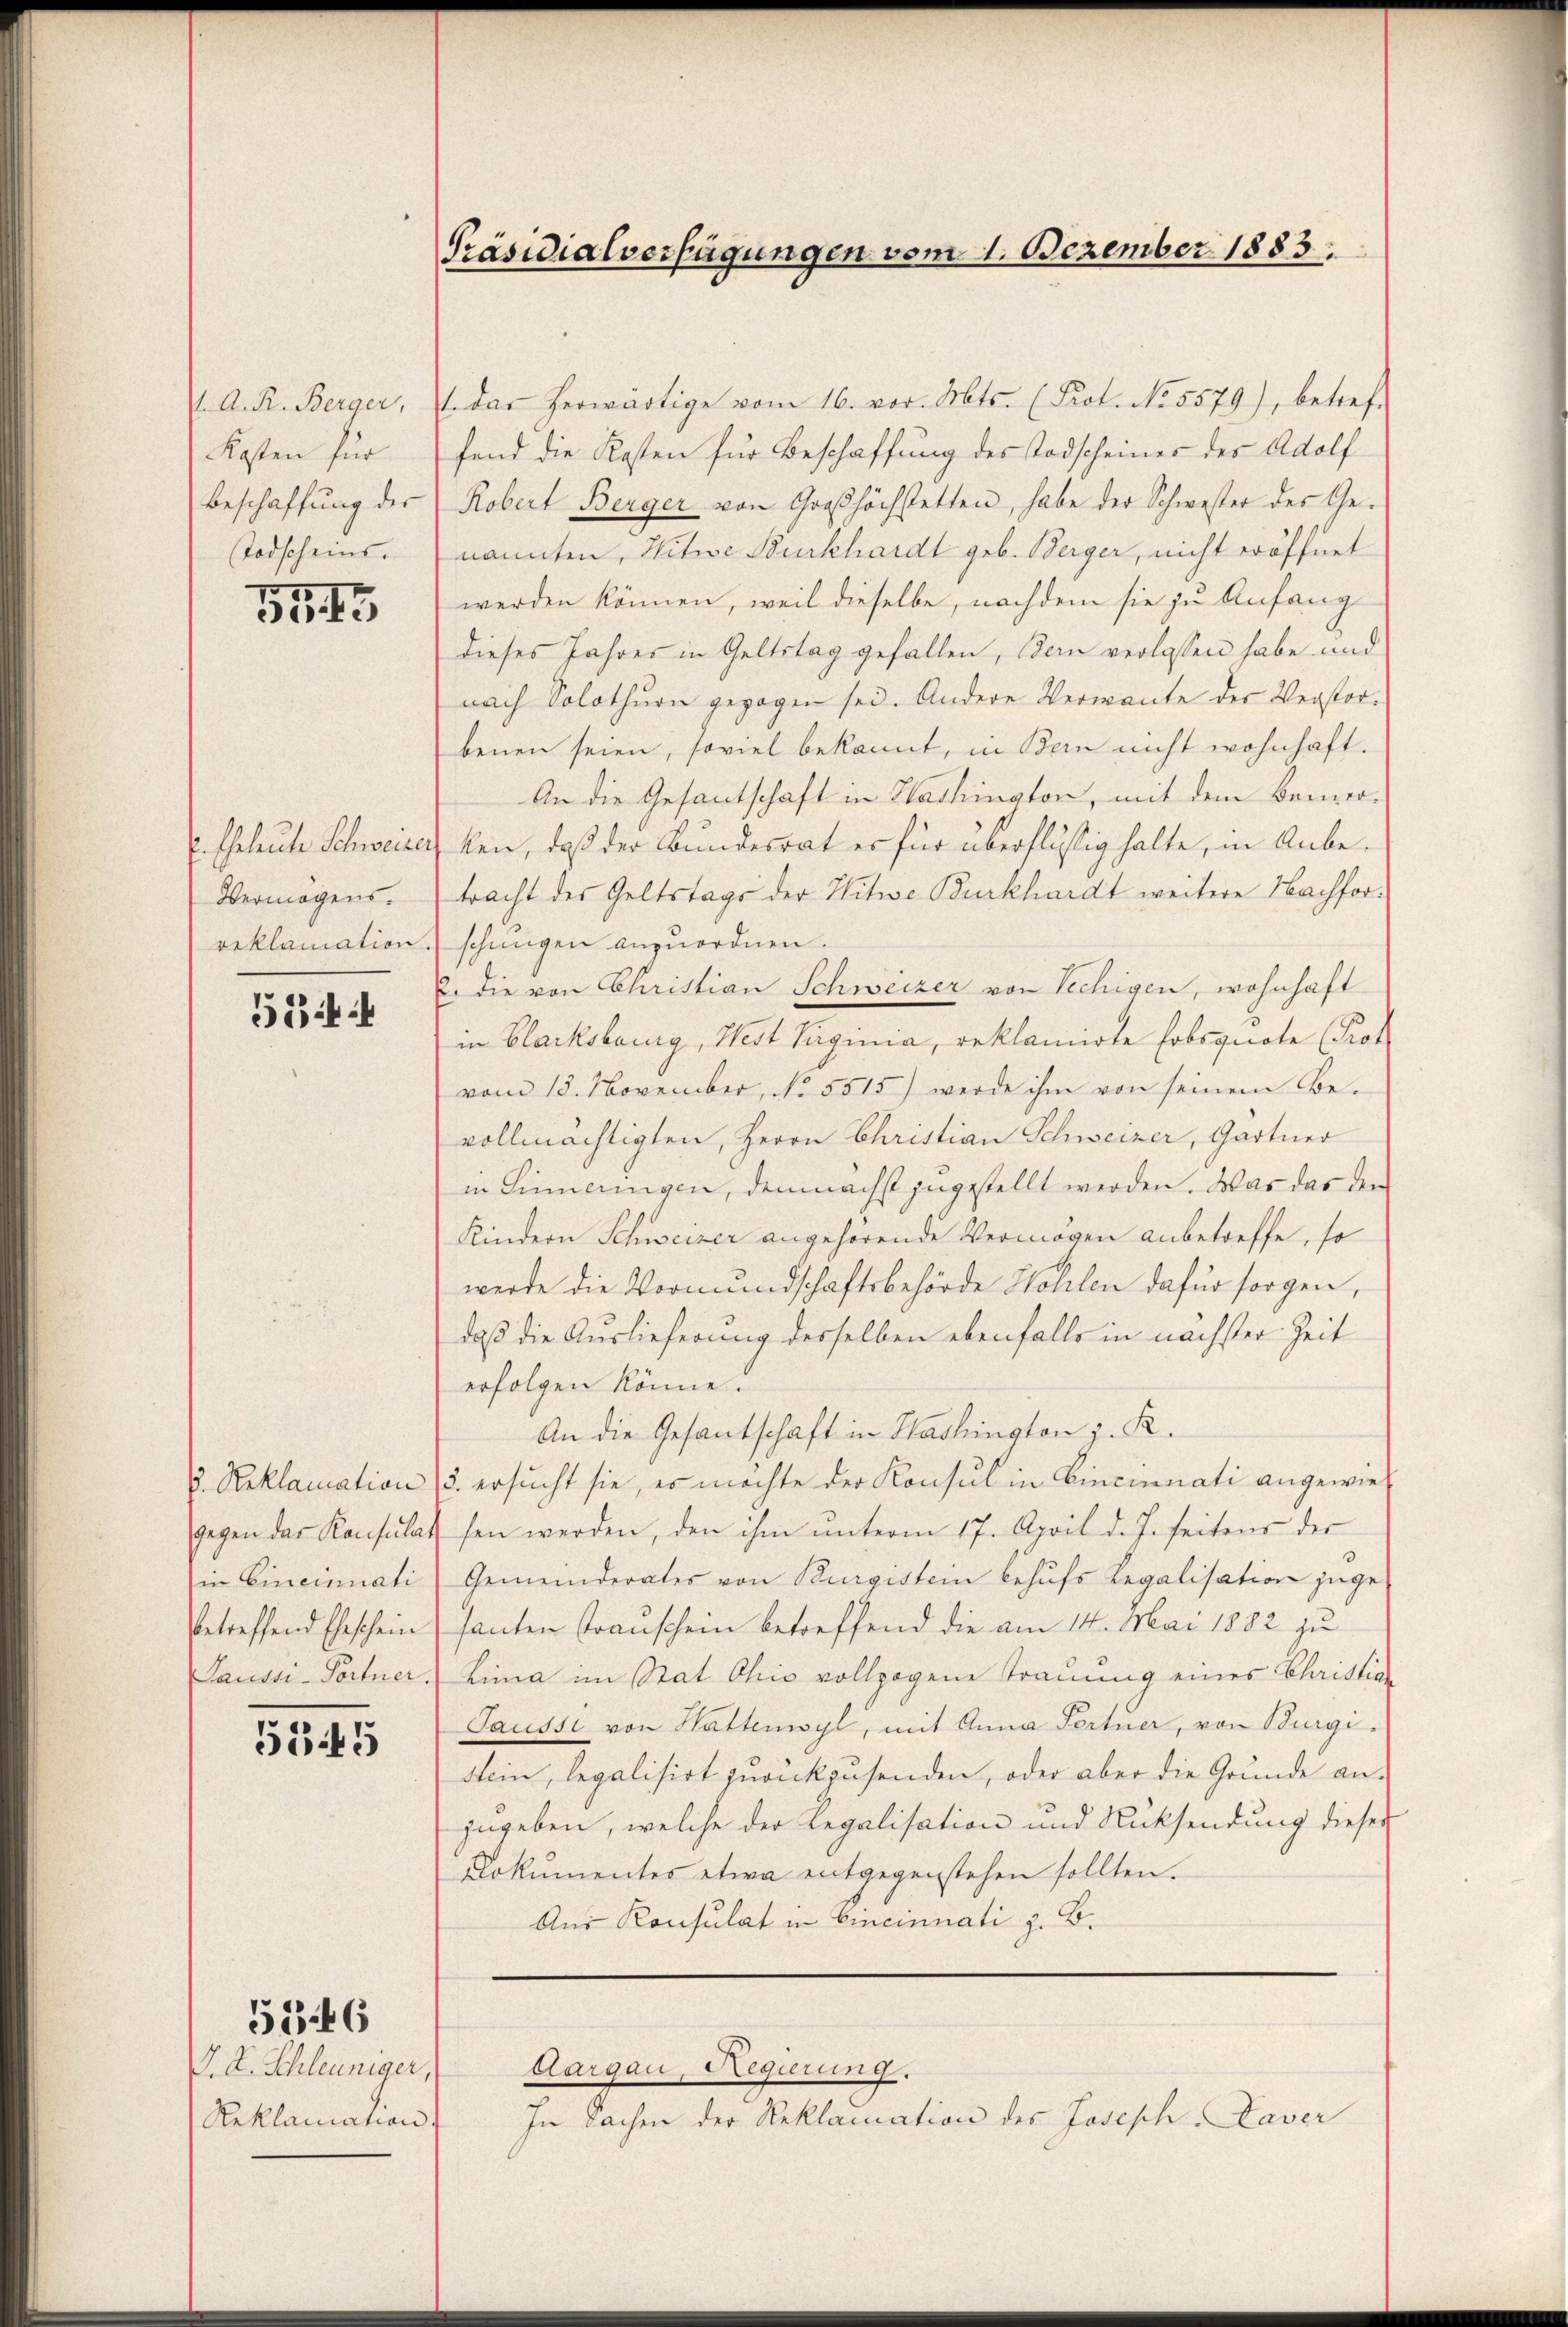
Kosten für
Todscheins.

5543

Vermögens.

53

5845

J. A. Schleuniger,
Reklamation

5546

1. A. R. Berger,  das herwärtige vom 16. vor. Mts. (Prot. No. 5579), betref-
fend die Kosten für Beschaffung des Todscheines der Adolf
Beschaffŭng der Robert Berger von Großhöchstetten, habe der Schwester des Genannten, Witwe Burkhardt geb. Berger, nicht eröffnet
werden können, weil dieselbe, nachdem sie zu Anfang
dieses Jahres in Geltstag gefallen, Bern verlassen habe und
nach Solothurn gezogen sei. Andere Verwante der Verstorbenen seien, soviel bekannt, in Bern nicht wohnhaft.
An die Gesantschaft in Washington, mit dem Bemer-
. Eheleute Schweizer ken, daß der Bundesrat er für überflüßig halte, in Anbetracht des Geltstags der Witwe Burkhardt weitere Nachforreklamation schŭngen anzŭordnen.
2. die von Christian Schweizer von Sechigen, wohnhaft
in Blacksburg, West Taginia, reklamirte Erbsquote (Prot
vom 18. November, No. 5515) werde ihm von seinem Be-
vollmächtigten, Herrn Christian Schweizer, Gärtner
in Sinneringen, demnächst zugestellt werden. Was das der
Kindern Schweizer angehörende Vermögen anbetreffe, so
werde die Vormundschaftsbehörde Hollen dafür sorgen,
daß die Auslieferung desselben ebenfalls in nächster Zeit
erfolgen könne.
An die Gesantschaft in Washington z. R.
. Reklamation (3. ersucht sie, es möchte der Konsul in Cincinnati angewiegegen das Konsulat sein werden, den ihm ŭnterm 17. April d. J. seitens der
in Cincinati Gemeinderates von Burgistein behufs Regalisation zuge
betreffend Eheschein (santen Trauschein betreffend die am 14. Mai 1882 zu
Saussi-Portner Lina im Stat Ohio vollzogene Trauung eines Christia
Saussi von Hattenwyl, mit Anna Fertner, von Burgi¬
Stein, legalisirt zurückzusenden, oder aber die Grunde an-
zugeben, welche der Regalisation und Rücksendung dieser
Lokumentes etwa entgegenstehen sollten.
Aus Konsulat in Cincinnati z. B.

Präsidialverfügungen vom 1. Dezember 1883.

f

Aargau, Regierung.

In Sachen der Reklamation des Joseph Daver